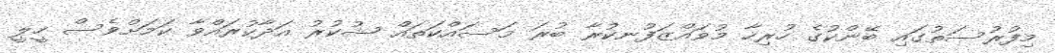
މިފުރުސަތުގައި ބޭންކުގެ ހުރިހާ މުވައްޒަފުނކުރާ ބުރަ މަސައްކަތައް ޝުކުރު އަދާކުރައްވާ ކަމަށްވެސް ހީލީ